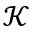
\mathcal { K }